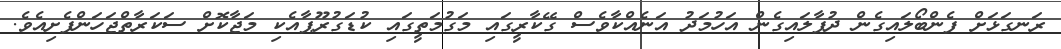
ރަނގަޅަށް ފެންބޯލައިގެން ދުފާލައިގެން އަހުމަދު އަނެއްކާވެސް ގޭކާރީގައި މަގުމަތީގައި ކުޑަގުރޫޕާއެކި މަޖާކޮށް ސަކަރާތްޖަހަންފެށިއެވެ.